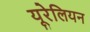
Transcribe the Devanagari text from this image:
यूरेलियन